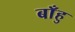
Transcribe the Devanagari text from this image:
बाँहु